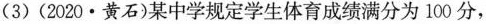
(3)(2020·黄石)某中学规定学生体育成绩满分为100分，